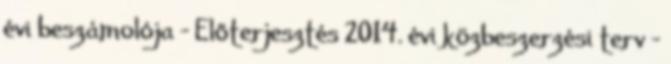
évi beszámolója - Előterjesztés 2014. évi közbeszerzési terv -